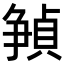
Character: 𪺘